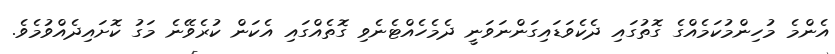
އެންމެ މުހިންމުކަމެއްގެ ގޮތުގައި ދެކެވަޑައިގަންނަވަނީ ދެމެހެއްޓެނެވި ގޮތެއްގައި އެކަން ކުރެވޭނެ މަގު ކޮށައިދެއްވުމެވެ.